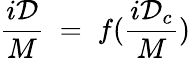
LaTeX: \frac{i\mathcal D}{M}\; =\; f(\frac{i{\mathcal D}_{c}}{M})